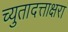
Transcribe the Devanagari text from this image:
च्युतादत्ताक्षरा